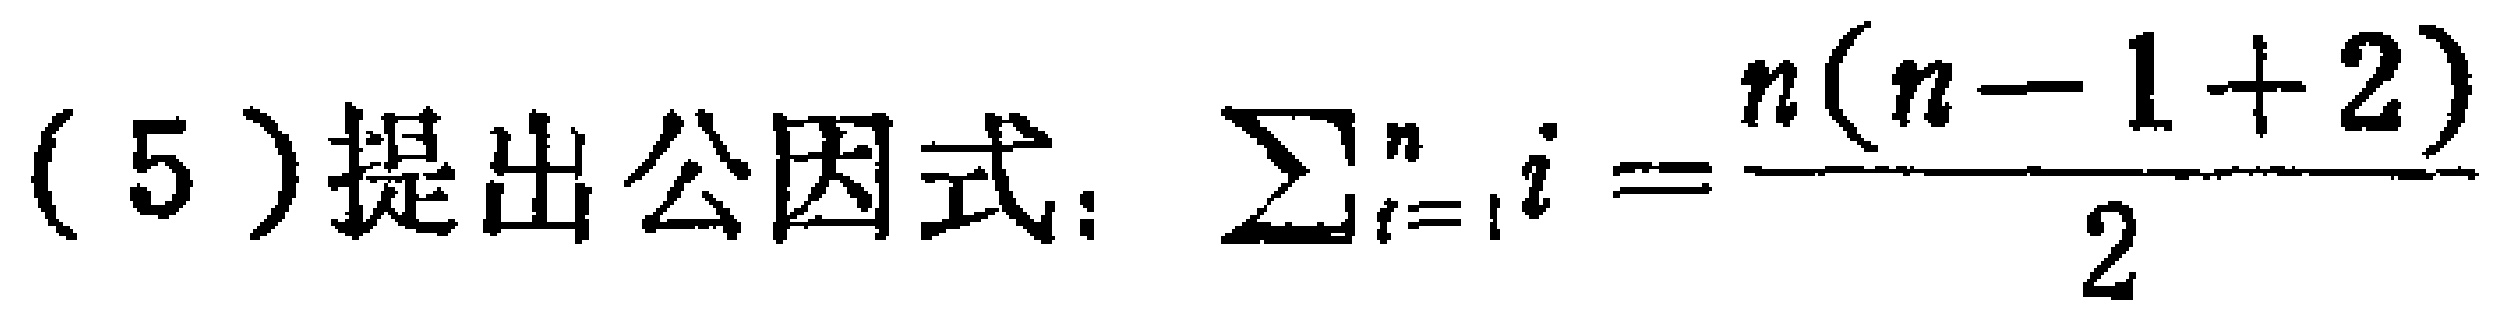
(5)提出公因式：$\sum_{i = 1}^{n} i = \frac{n(n - 1 + 2)}{2}$